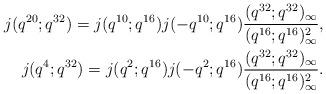
LaTeX: \begin{align*}j(q^{20};q^{32}) = j(q^{10};q^{16})j(-q^{10};q^{16})\frac{(q^{32};q^{32})_\infty}{(q^{16};q^{16})_{\infty}^2},\\j(q^{4};q^{32}) = j(q^{2};q^{16})j(-q^{2};q^{16})\frac{(q^{32};q^{32})_\infty}{(q^{16};q^{16})_{\infty}^2}.\end{align*}